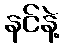
နင်နဲ့